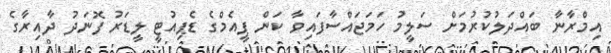
އިމްރާނާ ބައްދަލުކުރުމަށް ސަލީމު ހަމަޖައްސާފައިވާ ކަން ޕީއެމްގެ ޑެޕިއުޓީ ލީޑަރު ފޮނަދު ދާއިރާގެ